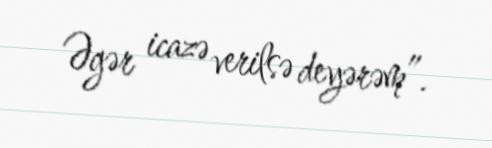
Əgər icazə verilsə deyərəm”.